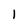
Character: I